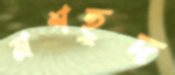
মশহুদ